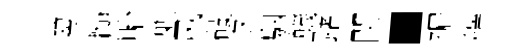
募髓貽剿风磵返駰蟻躇閨·褊慣